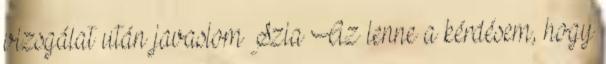
vizsgálat után javaslom Szia Az lenne a kérdésem, hogy